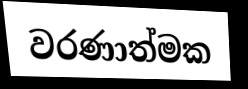
වරණාත්මක